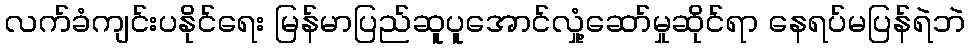
လက်ခံကျင်းပနိုင်ရေး မြန်မာပြည်ဆူပူအောင်လှုံ့ဆော်မှုဆိုင်ရာ နေရပ်မပြန်ရဲဘဲ